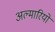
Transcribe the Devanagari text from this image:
अल्मारियों